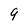
Character: 9